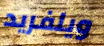
ويلفريد